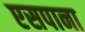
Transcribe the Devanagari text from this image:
एसपाना